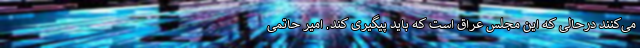
می‌کنند درحالی که این مجلس عراق است که باید پیگیری کند. امیر حاتمی